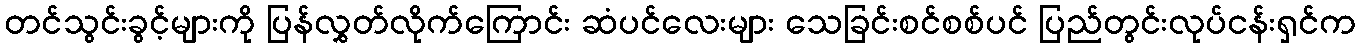
တင်သွင်းခွင့်များကို ပြန်လွှတ်လိုက်ကြောင်း ဆံပင်လေးများ သေခြင်းစင်စစ်ပင် ပြည်တွင်းလုပ်ငန်းရှင်က